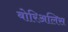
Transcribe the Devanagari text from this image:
बोरिअलिस